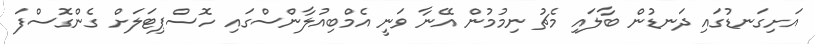
އަށިގަނޑުގައި ދަނޑުން ބާލައި މެޗު ނިމުމުން އޭނާ ވަނީ އެމްބިއުލާންސްގައި ހޮސްޕިޓަލަށް ގެންގޮސްފަ